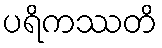
ပရိကဿတိ